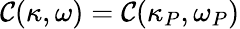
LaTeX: \mathcal{C}(\kappa,\omega)=\mathcal{C}(\kappa_{P},\omega_{P})